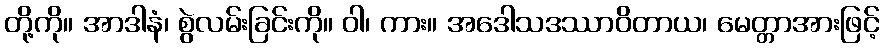
တို့ကို။ အာဒါနံ၊ စွဲလမ်းခြင်းကို။ ဝါ၊ ကား။ အဒေါသဒဿာဝိတာယ၊ မေတ္တာအားဖြင့်